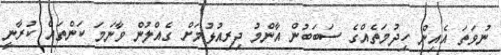
ނުވަތަ އެއިން ހިދުމަތެއްގެ ސަބަބުން އާންމު ދިރިއުޅުމަށް ގެއްލުން ވާނަމަ ކަންތައް ކުރާނީ